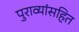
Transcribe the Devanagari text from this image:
पुराव्यांसहित